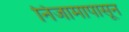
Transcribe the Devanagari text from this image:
निजामापासून